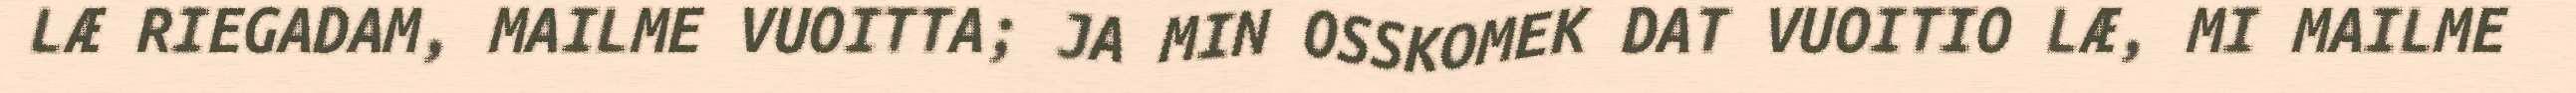
LÆ RIEGADAM, MAILME VUOITTA; JA MIN OSSKOMEK DAT VUOITIO LÆ, MI MAILME